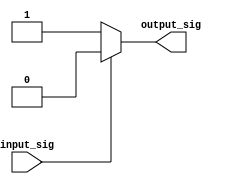
module cmos_not_gate(
    input wire input_sig,
    output reg output_sig
);

always @ (input_sig)
begin
    if (input_sig == 0)
        output_sig <= 1;
    else
        output_sig <= 0;
end

endmodule